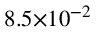
8 . 5 { \times } 1 0 ^ { - 2 }